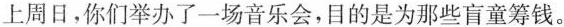
上周日，你们举办了一场音乐会，目的是为那些盲童筹钱。